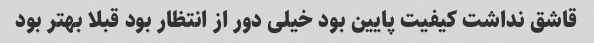
قاشق نداشت کیفیت پایین بود خیلی دور از انتظار بود قبلا بهتر بود